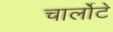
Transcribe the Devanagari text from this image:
चार्लोटे